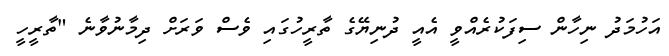
އަހުމަދު ނިހާން ސިފަކުރެއްވީ އެއީ ދުނިޔޭގެ ތާރީހުގައި ވެސް ވަރަށް ދިމާނުވާނެ "ތާރީހީ